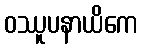
ဝဿူပနာယိကေ